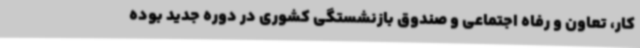
کار، تعاون و رفاه اجتماعی و صندوق بازنشستگی کشوری در دوره جدید بوده